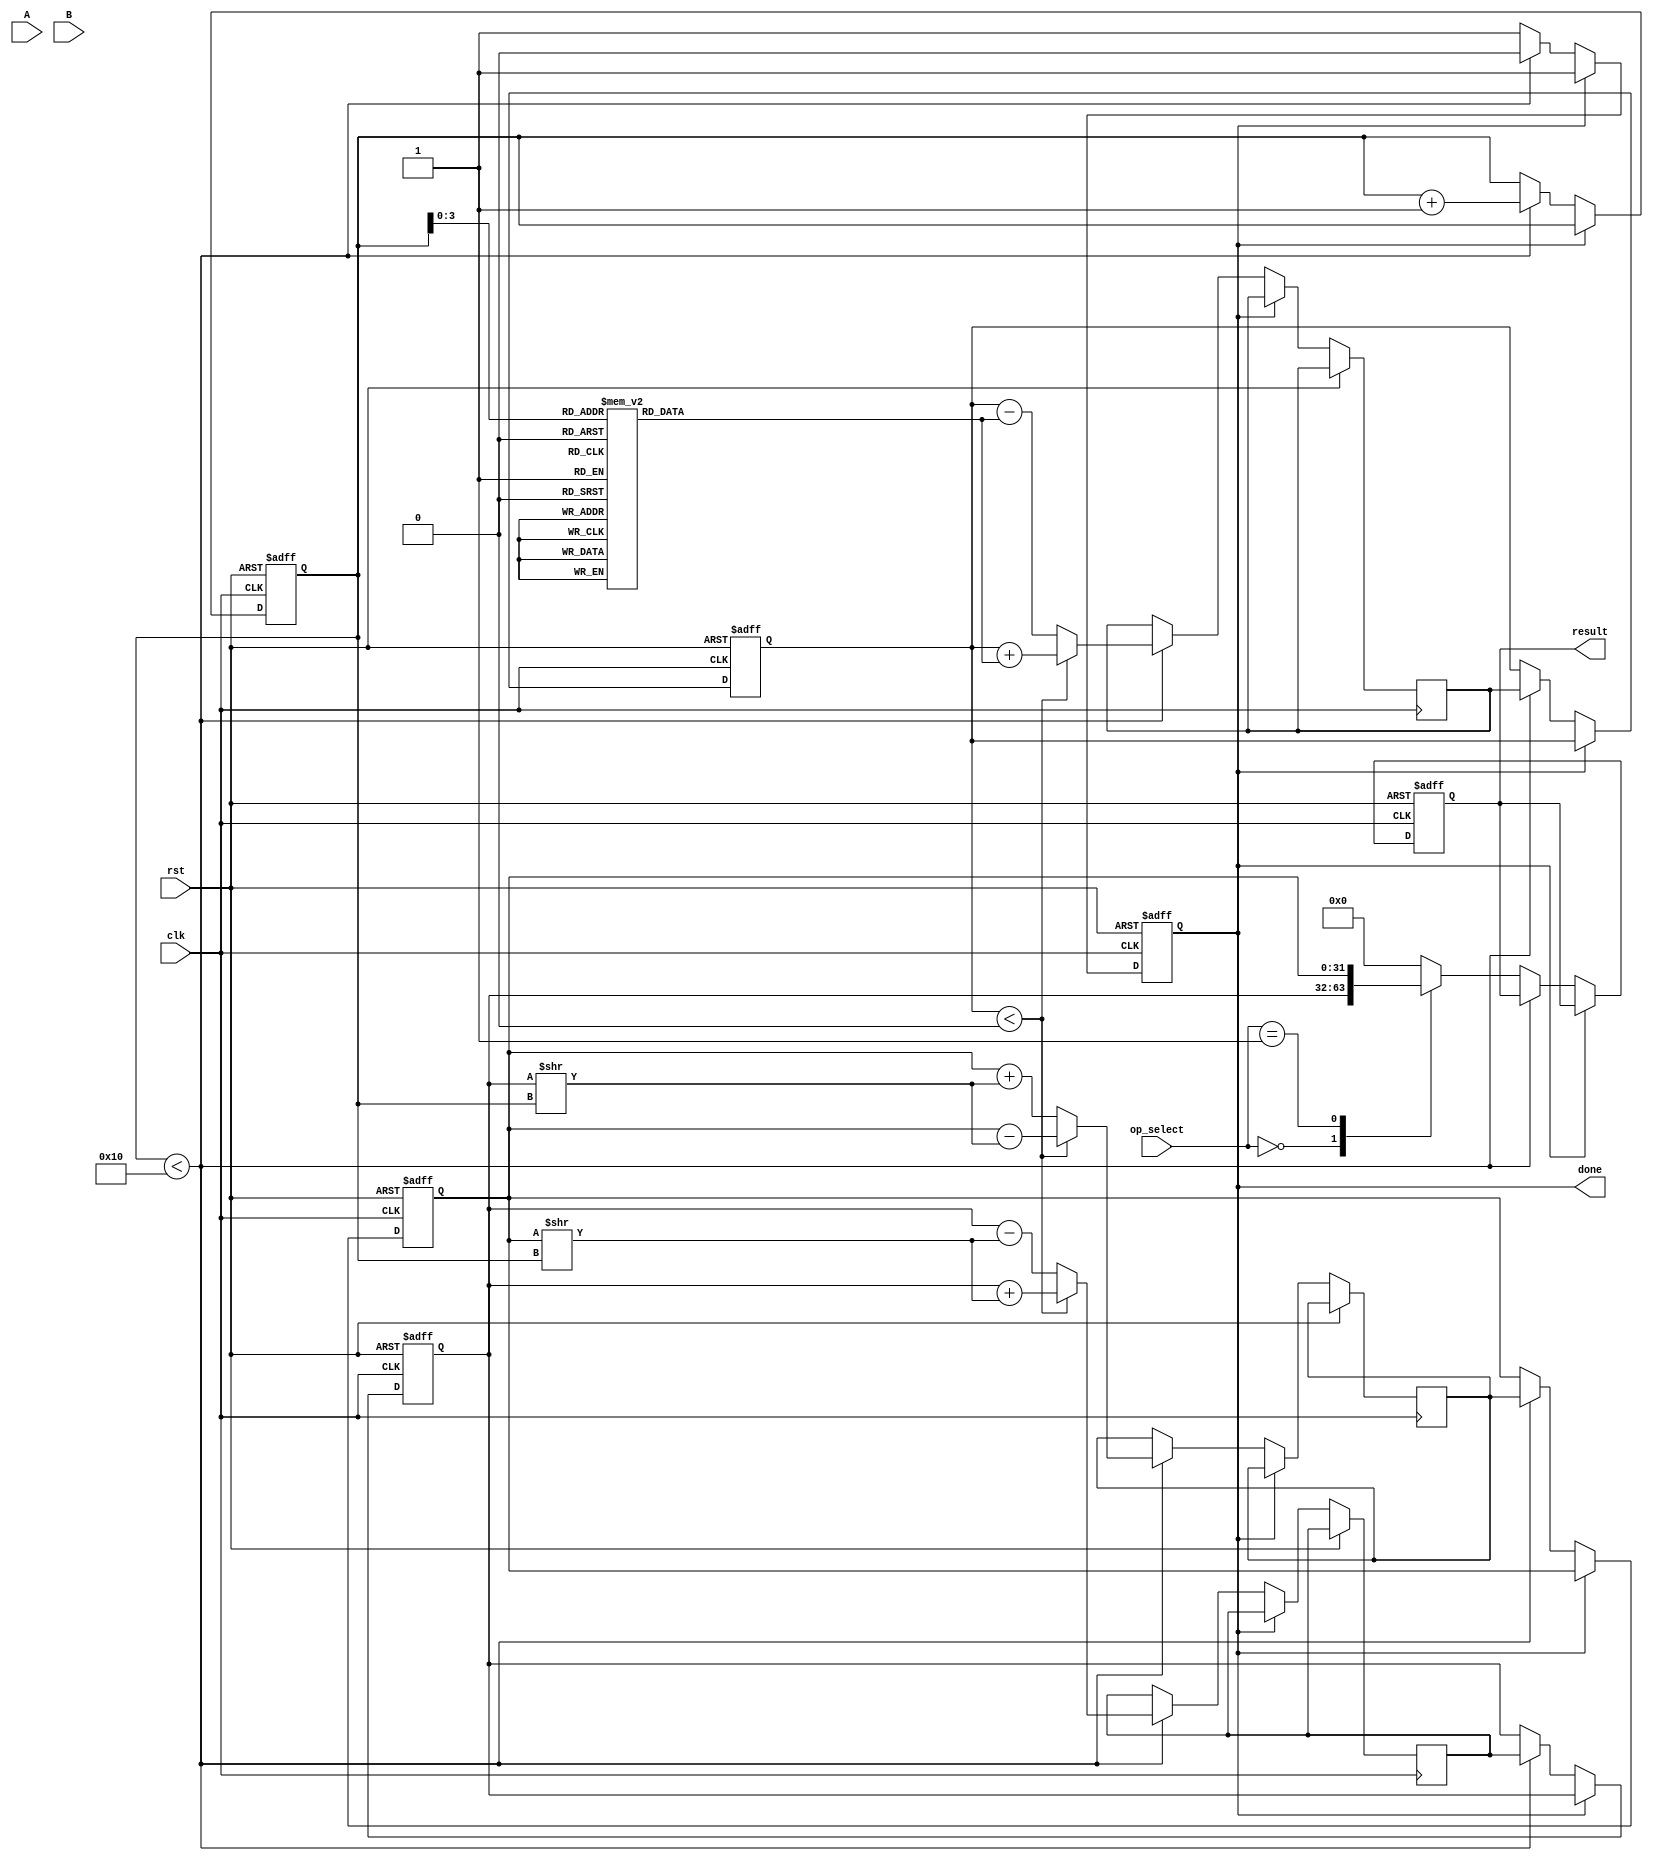
module cordic_fp (
    input wire clk,
    input wire rst,
    input wire [31:0] A, // First floating-point operand (IEEE 754)
    input wire [31:0] B, // Second floating-point operand (IEEE 754)
    input wire [2:0] op_select, // Operation select: 0=sine, 1=cosine, 2=tangent, 3=sqrt, 4=multiply, 5=divide
    output reg [31:0] result, // Result in floating-point format
    output reg done // Operation completion flag
);

    // Internal signals
    reg [31:0] x, y, z; // CORDIC variables
    reg [31:0] x_next, y_next, z_next; // Next state variables
    reg [4:0] iteration; // Iteration counter
    reg [31:0] atan_table [0:15]; // Lookup table for arctangent values

    // Initialize arctangent values (in radians)
    initial begin
        atan_table[0] = 32'h00000000; // atan(0)
        atan_table[1] = 32'h3F19999A; // atan(1/2^0)
        atan_table[2] = 32'h3EFA5555; // atan(1/2^1)
        atan_table[3] = 32'h3E7A3D70; // atan(1/2^2)
        // Continue filling the table...
    end

    // State machine for CORDIC operation
    always @(posedge clk or posedge rst) begin
        if (rst) begin
            x <= 32'h3F800000; // Initial x = 1.0
            y <= 32'h00000000; // Initial y = 0.0
            z <= 32'h00000000; // Initial z = 0.0
            iteration <= 0;
            done <= 0;
            result <= 32'h00000000;
        end else if (!done) begin
            if (iteration < 16) begin // Number of iterations
                // CORDIC rotation logic
                if (z < 0) begin
                    x_next <= x + (y >> iteration);
                    y_next <= y - (x >> iteration);
                    z_next <= z + atan_table[iteration];
                end else begin
                    x_next <= x - (y >> iteration);
                    y_next <= y + (x >> iteration);
                    z_next <= z - atan_table[iteration];
                end

                // Update state
                x <= x_next;
                y <= y_next;
                z <= z_next;
                iteration <= iteration + 1;
            end else begin
                // Operation complete
                done <= 1;
                // Convert x, y to result based on operation
                case (op_select)
                    3'b000: result <= x; // Sine
                    3'b001: result <= y; // Cosine
                    // Add cases for other operations...
                    default: result <= 32'h00000000; // Default case
                endcase
            end
        end
    end

endmodule